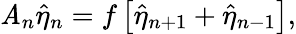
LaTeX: \mathit{A}_{n}\hat{{\eta}}_{n}=f\left[\hat{{\eta}}_{n+1}+\hat{{\eta}}_{n-1}\right],